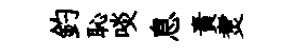
釣恥啖息責煑